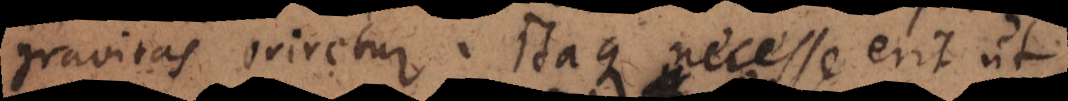
gravitas oriretur. Itaque necesse erit ut